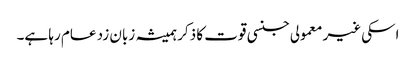
اسکی غیر معمولی جنسی قوت کا ذکر ہمیشہ زبان زد عام رہا ہے۔